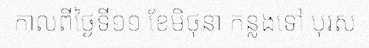
កាលពីថ្ងៃទី១១ ខែមិថុនា កន្លងទៅ បុរស